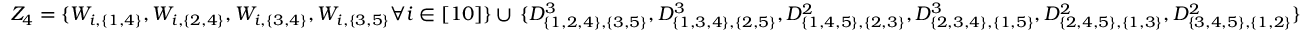
{ Z _ { 4 } = \{ W _ { i , \{ 1 , 4 \} } , W _ { i , \{ 2 , 4 \} } , W _ { i , \{ 3 , 4 \} } , W _ { i , \{ 3 , 5 \} } \forall i \in [ 1 0 ] \} } \cup \, { \{ D _ { \{ 1 , 2 , 4 \} , \{ 3 , 5 \} } ^ { 3 } , D _ { \{ 1 , 3 , 4 \} , \{ 2 , 5 \} } ^ { 3 } , D _ { \{ 1 , 4 , 5 \} , \{ 2 , 3 \} } ^ { 2 } , D _ { \{ 2 , 3 , 4 \} , \{ 1 , 5 \} } ^ { 3 } , D _ { \{ 2 , 4 , 5 \} , \{ 1 , 3 \} } ^ { 2 } , D _ { \{ 3 , 4 , 5 \} , \{ 1 , 2 \} } ^ { 2 } \} }